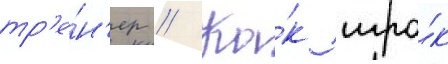
тр'е́н'ер // Ка́к игро́к